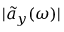
| \tilde { a } _ { y } ( \omega ) |